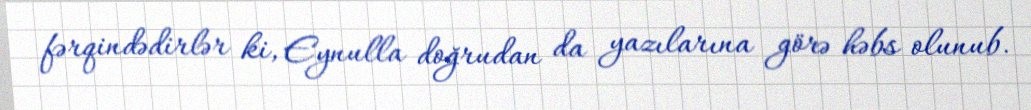
fərqindədirlər ki, Eynulla doğrudan da yazılarına görə həbs olunub.